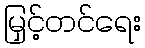
မြှင့်တင်ရေး